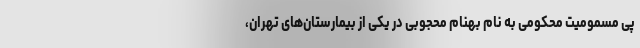
پی مسمومیت محکومی به نام بهنام محجوبی در یکی از بیمارستان‌های تهران،